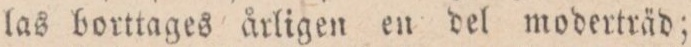
las borttages årligen en del moderträd;